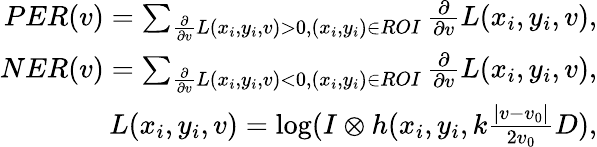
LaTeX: \begin{array}{r}{PER(v)=\sum_{\frac{\partial}{\partial v}L(x_{i},y_{i},v)>0,(x_{i},y_{i})\in ROI}\frac{\partial}{\partial v}L(x_{i},y_{i},v),}\\ {NER(v)=\sum_{\frac{\partial}{\partial v}L(x_{i},y_{i},v)<0,(x_{i},y_{i})\in ROI}\frac{\partial}{\partial v}L(x_{i},y_{i},v),}\\ {L(x_{i},y_{i},v)=\log(I\otimes h(x_{i},y_{i},k\frac{\left|v-v_{0}\right|}{2v_{0}}D),}\end{array}